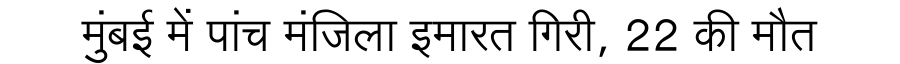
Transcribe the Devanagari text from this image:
मुंबई में पांच मंजिला इमारत गिरी, 22 की मौत